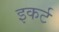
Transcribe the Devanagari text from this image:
इकर्ट